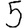
Digit: 5